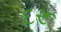
દરૂ